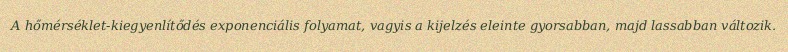
A hőmérséklet-kiegyenlítődés exponenciális folyamat, vagyis a kijelzés eleinte gyorsabban, majd lassabban változik.